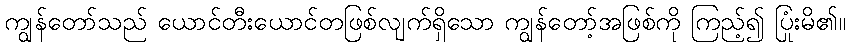
ကျွန်တော်သည် ယောင်တီးယောင်တဖြစ်လျက်ရှိသော ကျွန်တော့်အဖြစ်ကို ကြည့်၍ ပြုံးမိ၏။